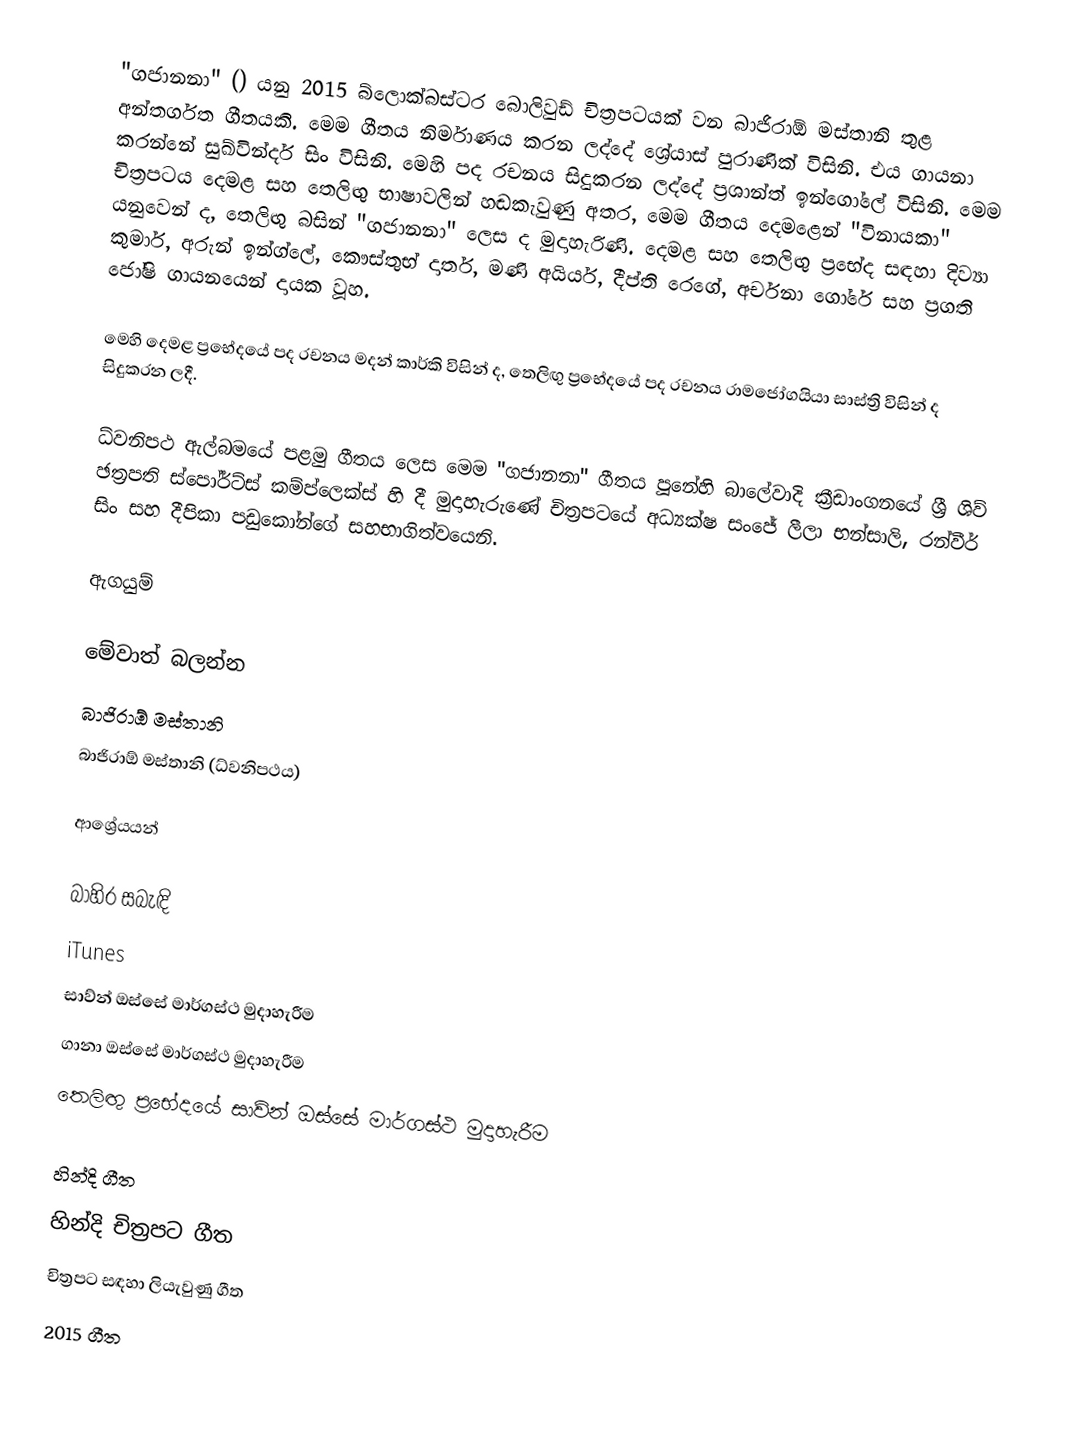
"ගජානනා" () යනු 2015 බ්ලොක්බස්ටර බොලිවුඩ් චිත්‍රපටයක් වන බාජිරාඕ මස්තානි තුළ අන්තර්ගත ගීතයකි. මෙම ගීතය නිර්මාණය කරන ලද්දේ ශ්‍රේයාස් පුරාණික් විසිනි. එය ගායනා කරන්නේ සුඛ්වින්දර් සිං විසිනි. මෙහි පද රචනය සිදුකරන ලද්දේ ප්‍රශාන්ත් ඉන්ගෝලේ විසිනි. මෙම චිත්‍රපටය දෙමළ සහ තෙලිඟු භාෂාවලින් හඬකැවුණු අතර, මෙම ගීතය දෙමළෙන් "විනායකා" යනුවෙන් ද, තෙලිඟු බසින් "ගජානනා" ලෙස ද මුදාහැරිණි. දෙමළ  සහ තෙලිඟු ප්‍රභේද සඳහා දිව්‍යා කුමාර්, අරුන් ඉන්ග්ලේ, කෞස්තුභ් දාතර්, මණි අයියර්, දීප්ති රෙගේ, අර්චනා ගෝරේ සහ ප්‍රගති ජෝෂි ගායනයෙන් දායක වූහ.

මෙහි දෙමළ ප්‍රභේදයේ පද රචනය මදන් කාර්කි විසින් ද, තෙලිඟු ප්‍රභේදයේ පද රචනය රාමජෝගයියා සාස්ත්‍රි විසින් ද සිදුකරන ලදී.

ධ්වනිපථ ඇල්බමයේ පළමු ගීතය ලෙස මෙම "ගජානනා" ගීතය පූනේහි බාලේවාදි ක්‍රීඩාංගනයේ ශ්‍රී ශිව් ඡත්‍රපති ස්පෝර්ට්ස් කම්ප්ලෙක්ස් හි දී මුදාහැරුණේ චිත්‍රපටයේ අධ්‍යක්ෂ සංජේ ලීලා භන්සාලි, රන්වීර් සිං සහ දීපිකා පඩුකෝන්ගේ සහභාගිත්වයෙනි.

ඇගයුම්

මේවාත් බලන්න
බාජිරාඕ මස්තානි
බාජිරාඕ මස්තානි (ධ්වනිපථය)

ආශ්‍රේයයන්

බාහිර සබැඳි
 iTunes
 සාව්න් ඔස්සේ මාර්ගස්ථ මුදාහැරීම
 ගානා ඔස්සේ මාර්ගස්ථ මුදාහැරීම
 තෙලිඟු ප්‍රභේදයේ සාව්න් ඔස්සේ මාර්ගස්ථ මුදාහැරීම

හින්දි ගීත
හින්දි චිත්‍රපට ගීත
චිත්‍රපට සඳහා ලියැවුණු ගීත
2015 ගීත